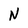
Character: N